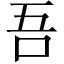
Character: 吾